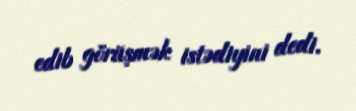
edib görüşmək istədiyini dedi.